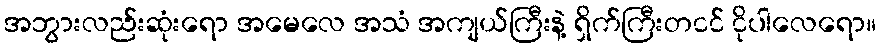
အဘွားလည်းဆုံးရော အမေလေ အသံ အကျယ်ကြီးနဲ့ ရှိက်ကြီးတငင် ငိုပါလေရော။